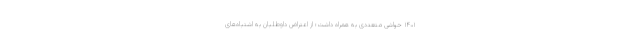
۱۴۰۱ حواشی متعددی به همراه داشت؛ از اعتراض داوطلبان به اشتباه‌های